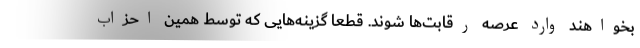
بخواهند وارد عرصه رقابت‌ها شوند. قطعا گزینه‌هایی که توسط همین احزاب